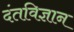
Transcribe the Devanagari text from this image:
दंतविज्ञान